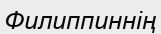
Филиппиннің